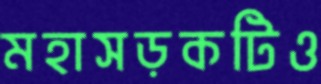
মহাসড়কটিও